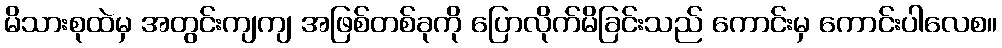
မိသားစုထဲမှ အတွင်းကျကျ အဖြစ်တစ်ခုကို ပြောလိုက်မိခြင်းသည် ကောင်းမှ ကောင်းပါလေစ။